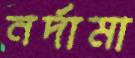
নর্দামা